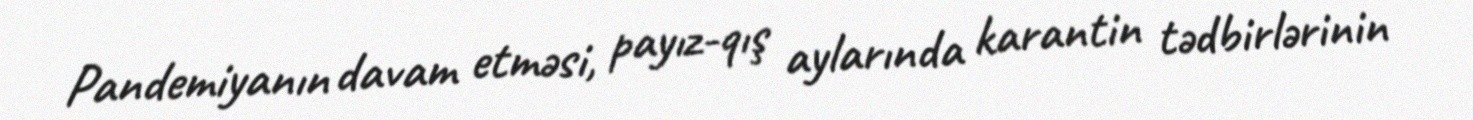
Pandemiyanın davam etməsi, payız-qış aylarında karantin tədbirlərinin